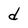
Character: d